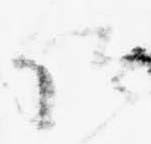
仰